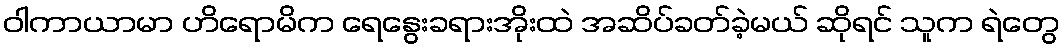
ဝါကာယာမာ ဟိရောမိက ရေနွေးခရားအိုးထဲ အဆိပ်ခတ်ခဲ့မယ် ဆိုရင် သူက ရဲတွေ